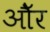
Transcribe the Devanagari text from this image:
औॅर